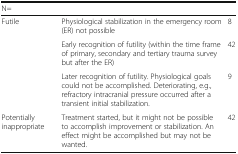
<table><thead><tr><td colspan="3"><b>N=</b></td></tr></thead><tbody><tr><td rowspan="3">Futile</td><td>Physiological stabilization in the emergency room (ER) not possible</td><td>8</td></tr><tr><td>Early recognition of futility (within the time frame of primary, secondary and tertiary trauma survey but after the ER)</td><td>42</td></tr><tr><td>Later recognition of futility. Physiological goals could not be accomplished. Deteriorating, e.g., refractory intracranial pressure occurred after a transient initial stabilization.</td><td>9</td></tr><tr><td>Potentially inappropriate</td><td>Treatment started, but it might not be possible to accomplish improvement or stabilization. An effect might be accomplished but may not be wanted.</td><td>42</td></tr></tbody></table>